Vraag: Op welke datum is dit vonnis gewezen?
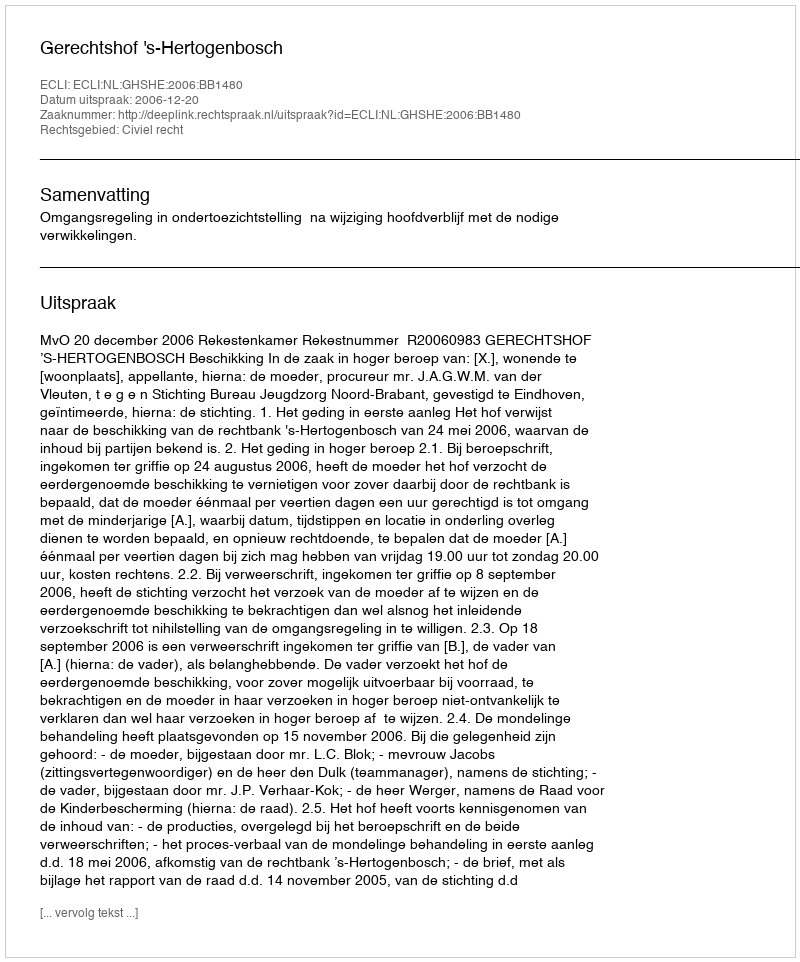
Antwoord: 2006-12-20